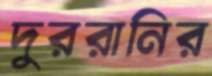
দুররানির